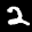
Label: 2